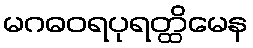
မဂဓဝရပုရတ္ထိမေန